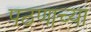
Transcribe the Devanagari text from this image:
पठणाच्या